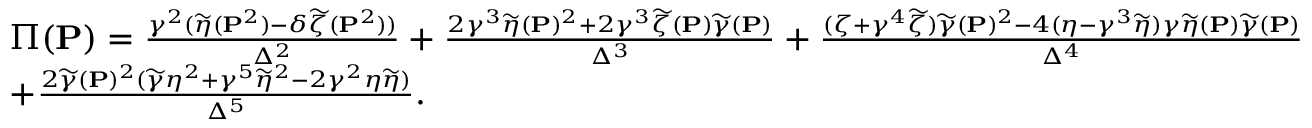
\small \begin{array} { r l } & { \Pi ( { \mathbf { P } } ) = \frac { \gamma ^ { 2 } ( \widetilde { \eta } ( { \mathbf { P } } ^ { 2 } ) - \delta \widetilde { \zeta } ( { \mathbf { P } } ^ { 2 } ) ) } { \Delta ^ { 2 } } + \frac { 2 \gamma ^ { 3 } \widetilde { \eta } ( { \mathbf { P } } ) ^ { 2 } + 2 \gamma ^ { 3 } \widetilde { \zeta } ( { \mathbf { P } } ) \widetilde { \gamma } ( { \mathbf { P } } ) } { \Delta ^ { 3 } } + \frac { ( \zeta + \gamma ^ { 4 } \widetilde { \zeta } ) \widetilde { \gamma } ( { \mathbf { P } } ) ^ { 2 } - 4 ( \eta - \gamma ^ { 3 } \widetilde { \eta } ) \gamma \widetilde { \eta } ( { \mathbf { P } } ) \widetilde { \gamma } ( { \mathbf { P } } ) } { \Delta ^ { 4 } } } \\ & { + \frac { 2 \widetilde { \gamma } ( { \mathbf { P } } ) ^ { 2 } ( \widetilde { \gamma } \eta ^ { 2 } + \gamma ^ { 5 } \widetilde { \eta } ^ { 2 } - 2 \gamma ^ { 2 } \eta \widetilde { \eta } ) } { \Delta ^ { 5 } } . } \end{array}